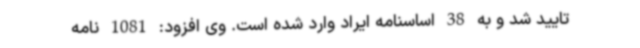
تایید شد و به 38 اساسنامه ایراد وارد شده است. وی افزود: 1081 نامه